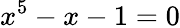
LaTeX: x^{5}-x-1=0